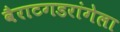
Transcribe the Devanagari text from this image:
वैराटगडरांगेला